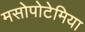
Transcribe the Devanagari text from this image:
मसोपोटेमिया